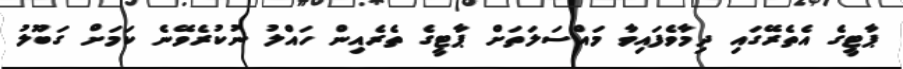
ޕާޓީގެ އެތެރޭގައި ދިމާވެފައިވާ މައްސަލަތަށް ޕާޓީގެ ތެރެއިން ހައްލު ނުކުރެވޭނެ ކަމަށް ގަބޫލު